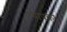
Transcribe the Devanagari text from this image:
व्यापका